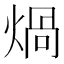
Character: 煱